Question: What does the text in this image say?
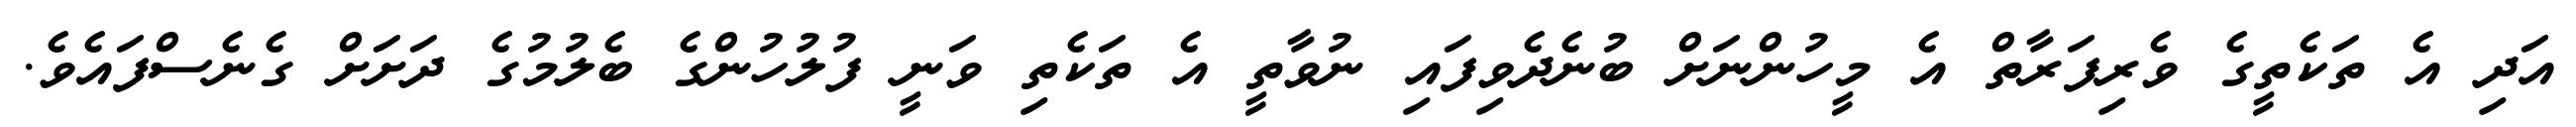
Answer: އަދި އެ ތަކެތީގެ ވެރިފަރާތް އެ މީހުންނަށް ބުނެދެވިފައި ނުވާތީ އެ ތަކެތި ވަނީ ފުލުހުންގެ ބެލުމުގެ ދަށަށް ގެނެސްފައެވެ.